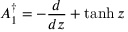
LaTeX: A _ { 1 } ^ { \dagger } = - { \frac { d } { d z } } + \operatorname { t a n h } z